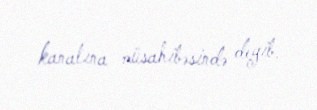
kanalına müsahibəsində deyib.